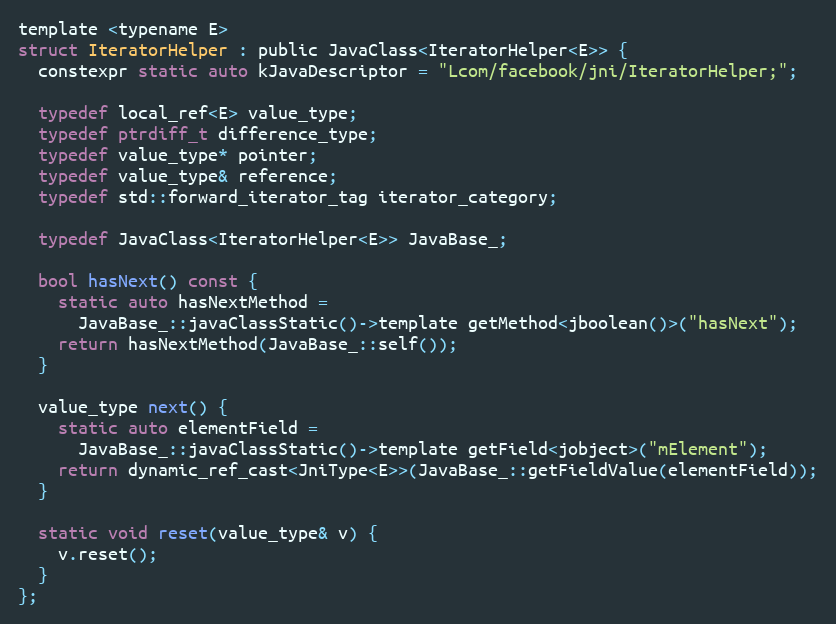
Language: C
template <typename E>
struct IteratorHelper : public JavaClass<IteratorHelper<E>> {
  constexpr static auto kJavaDescriptor = "Lcom/facebook/jni/IteratorHelper;";

  typedef local_ref<E> value_type;
  typedef ptrdiff_t difference_type;
  typedef value_type* pointer;
  typedef value_type& reference;
  typedef std::forward_iterator_tag iterator_category;

  typedef JavaClass<IteratorHelper<E>> JavaBase_;

  bool hasNext() const {
    static auto hasNextMethod =
      JavaBase_::javaClassStatic()->template getMethod<jboolean()>("hasNext");
    return hasNextMethod(JavaBase_::self());
  }

  value_type next() {
    static auto elementField =
      JavaBase_::javaClassStatic()->template getField<jobject>("mElement");
    return dynamic_ref_cast<JniType<E>>(JavaBase_::getFieldValue(elementField));
  }

  static void reset(value_type& v) {
    v.reset();
  }
};